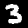
Digit: 3